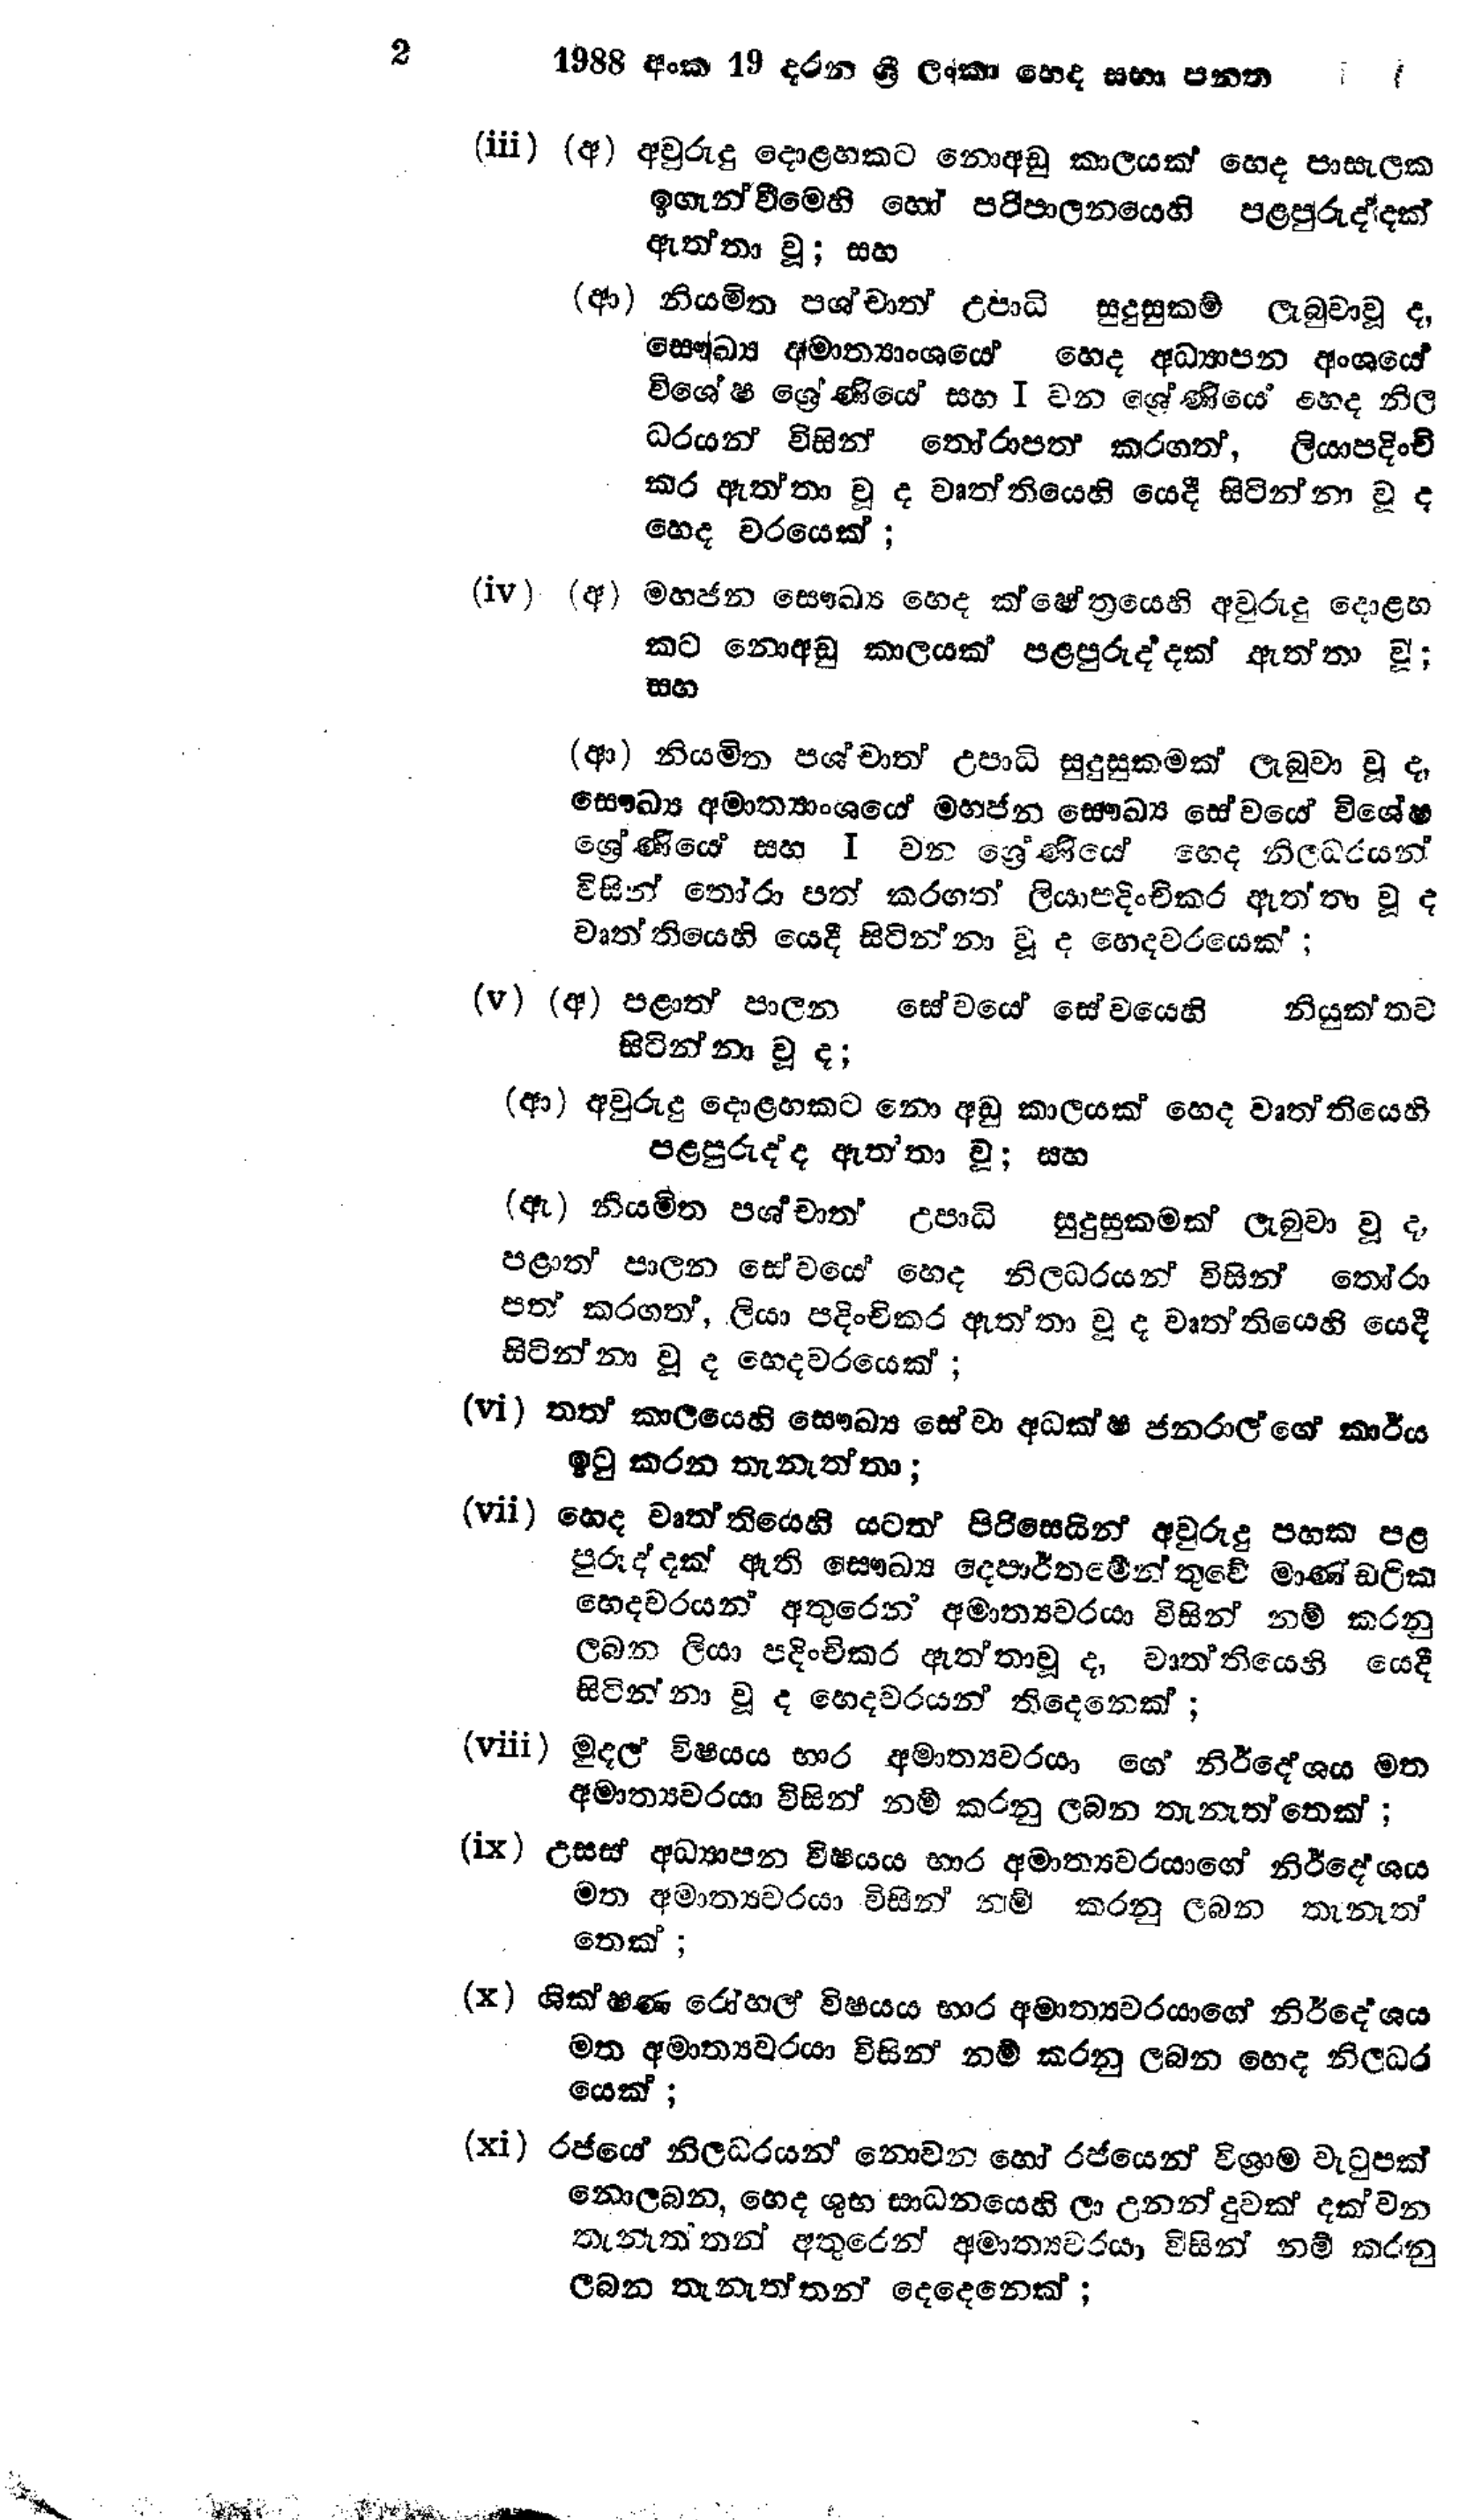
2 1988 අංක 19 දරන ශ්‍රී ලංකා හෙද සභා පනත

(iii) (අ) අවුරුදු දොළහකට නොඅඩු කාලයක් හෙද පාසැලක
ඉගැන්වීමෙහි හෝ පරිපාලනයෙහි පළපුරුද්දක්
ඇත්තා වූ; සහ

(ආ) නියමිත පශ්චාත් උපාධි සුදුසුකම් ලැබුවා වූ ද,
සෞඛ්‍ය අමාත්‍යාංශයෙ හෙද අධ්‍යාපන අංශයේ
විශේෂ ශ්‍රේණියේ සහ I වන ශ්‍රේණියේ හෙද නිල
ධරයන් විසින් තෝරාපත‍් කරගත්, ලියාපදිංචි
කර ඇත්තා වූ ද වෘත්තියෙහි යෙදී සිටින්නා වූ ද
හෙද වරයෙක්;

(iv) (අ) මහජන සෞඛ්‍ය හෙද ක්ෂේත්‍රයෙහි අවුරුදු දොළහ
කට නොඅඩු කාලයක් පළපුරුද්දක් ඇත්තා වූ;
සහ

(ආ) නියමිත පශ්චාත් උපාධි සුදුසුකමක් ලැබුවා වූ ද,
සෞඛ්‍ය අමාත්‍යාංශයේ මහජන සෞඛ්‍ය සේවයේ විශේෂ
ශ්‍රේණියේ සහ 1 වන ශ්‍රේණියේ හෙද නිලධරයන්
විසින් තෝරා පත් කරගත් ලියාපදිංචි කර ඇත්තා වූ ද
වෘත්තියෙහි යෙදී සිටින්නා වූ ද හෙදවරයෙක්;

(v) (අ) පළාත් පාලන සේවයේ සේවයෙහි නියුක්තව
සිටින්නා වූ ද;

(ආ) අවුරුදු දොළහකට නොඅඩු කාලයක් හෙද වෘත්තියෙහි
පළපුරුද්ද ඇත්තා වූ; සහ

(ඇ) නියමිත පශ්චාත් උපාධි සුදුසුකමක් ලැබුවා වූ ද,
පළාත් පාලන සේවයේ හෙද නිලධරයන් විසින් තෝරා
පත් කරගත්, ලියා පදිංචිකර ඇත්තා වූ ද වෘත්තියෙහි යෙදී
සිටින්නා වූ ද හෙදවරයෙක්;

(vi) තත් කාලයෙහි සෞඛ්‍ය සේවා අධක්ෂ ජනරාල්ගේ කාර්ය
ඉටු කරන තැනැත්තා;

(vii) හෙද වෘත්තියෙහි යටත් පිරිසෙයින් අවුරුදු පහක පළ
පුරුද්දක් ඇති සෞඛ්‍ය දෙපාර්තමේන්තුවේ මාණ්ඩලික
හෙදවරයන් අතුරෙන් අමාත්‍යවරයා විසින් නම් කරනු
ලබන ලියා පදිංචිකර ඇත්තාවූ ද, වෘත්තියෙහි යෙදී
සිටින්නා වූද භෙදවරයන් තිදෙනෙක්;

(viii) මුදල් විෂයය භාර අමාත්‍යවරයා ගේ නිර්දේශය මත
අමාත්‍යවරයා විසින් නම් කරනු ලබන තැනැත්තෙක්;

(ix) උසස් අධ්‍යාපන විෂයය භාර අමාත්‍යවරයාගේ නිර්දේශය
මත අමාත්‍යවරයා විසින් නම් කරනු ලබන තැනැත්
තෙක් ;

(x) ශික්ෂණ රෝහල විෂයය භාර අමාත්‍යවරයාගේ නිර්දේශය
මත අමාත්‍යවරයා විසින් නම් කරනු ලබන හෙද නිලධර
යෙක්;

(xi) රජයේ නිලධරයන් නොවන හෝ රජයෙන් විශ්‍රාම වැටුපක්
නොලබන, හෙද ශුභ සාධනයෙහි ලා උනන් දුවක් දක්වන
තැනැත්තන් අතුරෙන් අමාත්‍යවරයා විසින් නම් කරනු
ලබන තැනැත්තන් දෙදෙනෙක්;